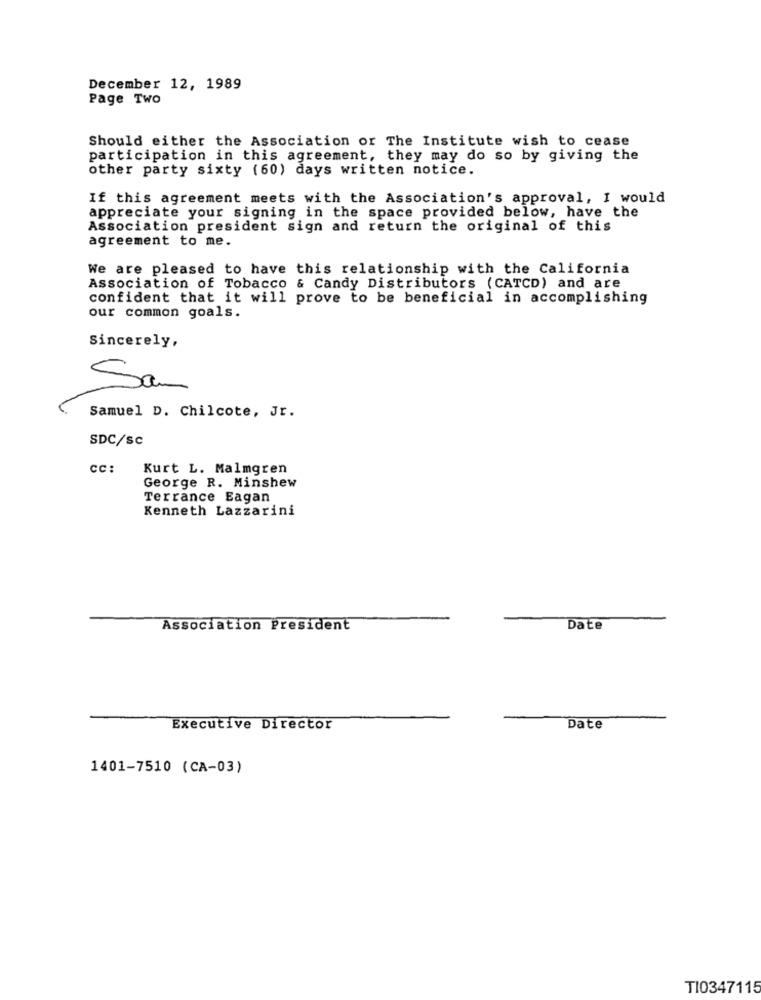
December 12, 1989
Page Two
Should either the Association or The Institute wish to cease
participation in this agreement, they may do so by giving the
other party sixty (60) days written notice.
If this agreement meets with the Association's approval, I would
appreciate your signing in the space provided below, have the
Association president sign and return the original of this
agreement to me.
We are pleased to have this relationship with the California
Association of Tobacco & Candy Distributors (CATCD) and are
confident that it will prove to be beneficial in accomplishing
our common goals.
Sincerely,
San
Samuel D. Chilcote, Jr.
SDC/SC
CC:
Kurt L. Malmgren
George R. Minshew
Terrance Eagan
Kenneth Lazzarini
Association President
Date
Executive Director
Date
1401-7510 (CA-03)
TI0347115